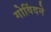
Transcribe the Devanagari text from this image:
गोविंदने